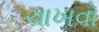
ચાખવો